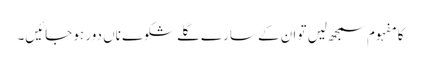
کا مفہوم سمجھ لیں تو ان کے سارے گلے شکوے ناں دور ہو جائیں۔